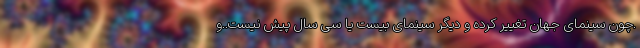
.چون سینمای جهان تغییر کرده و دیگر سینمای بیست یا سی سال پیش نیست..و